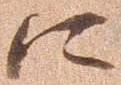
に